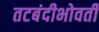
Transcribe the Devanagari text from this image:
तटबंदीभोवती